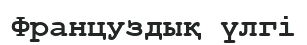
Француздық үлгі